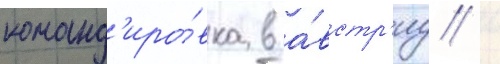
команд'иро́вка в а́встр'иу /